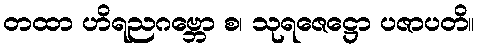
တထာ ဟိရညဂဗ္ဘော စ၊ သုရဇေဋ္ဌော ပဇာပတိ။